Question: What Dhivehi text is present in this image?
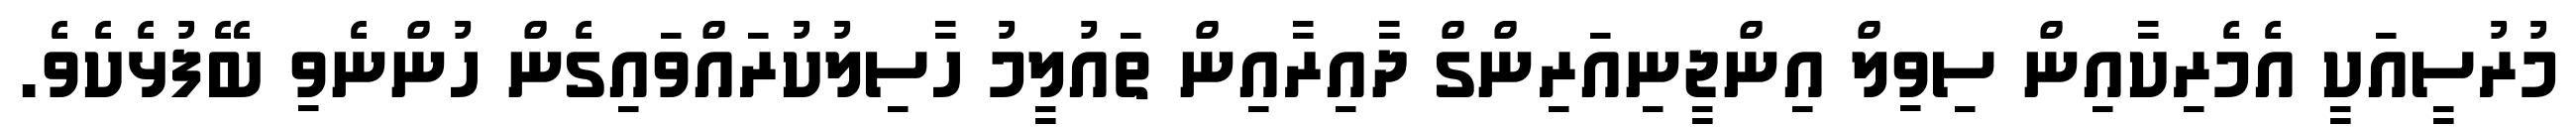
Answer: މުރުސީއަކީ އެމެރިކާއިން ސިވިލް އިންޖީނިއަރިންގް ދާއިރާއިން ތައުލީމު ހާސިލުކުރައްވައިގެން ހުންނެވި ބޭފުޅެކެވެ.